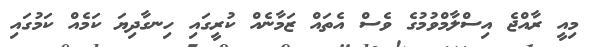
މިއީ ރާއްޖެ އިސްލާމްވުމުގެ ވެސް އެތައް ޒަމާނެއް ކުރީގައި ހިނގާދިޔަ ކަމެއް ކަމުގައި